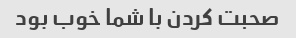
صحبت کردن با شما خوب بود